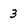
Character: 3